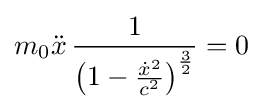
m_{0}{\ddot {x}}\,{\frac {1}{\left(1-{\frac {{\dot {x}}^{2}}{c^{2}}}\right)^{\frac {3}{2}}}}=0